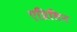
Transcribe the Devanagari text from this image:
एप्रिलिन